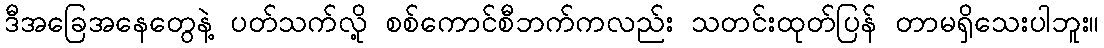
ဒီအခြေအနေတွေနဲ့ ပတ်သက်လို့ စစ်ကောင်စီဘက်ကလည်း သတင်းထုတ်ပြန် တာမရှိသေးပါဘူး။